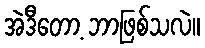
အဲဒီတော့ ဘာဖြစ်သလဲ။